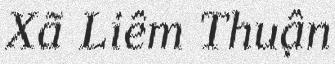
Xã Liêm Thuận